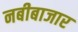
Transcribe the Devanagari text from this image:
नबीबाजार